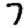
Digit: 7